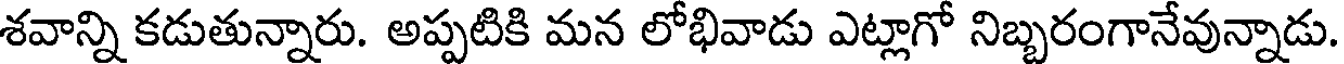
శవాన్ని కడుతున్నారు. అప్పటికి మన లోభివాడు ఎట్లాగో నిబ్బరంగానేవున్నాడు